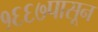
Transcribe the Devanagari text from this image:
१६६७पासून